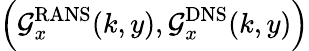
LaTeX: \left(\mathcal{G}_{x}^{\mathrm{{RANS}}}(k,y),\mathcal{G}_{x}^{\mathrm{{DNS}}}(k,y)\right)